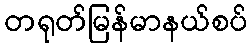
တရုတ်မြန်မာနယ်စပ်